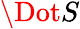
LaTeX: \Dot{S}